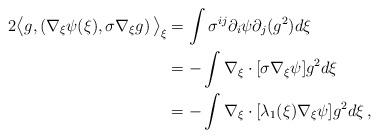
LaTeX: \begin{align*}\begin{aligned}2\big<g ,\left(\nabla_{\xi}\psi(\xi), \sigma\nabla_{\xi}g\right)\big>_{\xi} & = \int \sigma^{ij}\partial_{i}\psi \partial_{j}(g^2)d\xi\\&=-\int \nabla_{\xi}\cdot[\sigma\nabla_{\xi}\psi ]g^2 d\xi\\&=-\int \nabla_{\xi}\cdot[\lambda_1(\xi)\nabla_{\xi}\psi ]g^2 d\xi\,,\end{aligned}\end{align*}